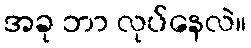
အခု ဘာ လုပ်နေလဲ။